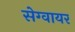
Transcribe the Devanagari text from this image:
सेग्वायर